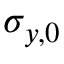
\sigma _ { y , 0 }